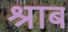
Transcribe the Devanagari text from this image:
श्राब